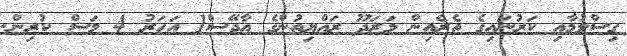
ގިސްލުމާއި ކަރުނައިގެ ތެރެއިން މަރަދޫ ރައްޔިތުންގެ އާދޭސް1 އަހަރު 4 މަސް ކުރިން.